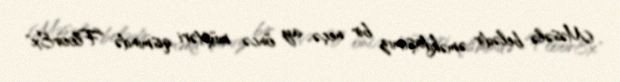
Məsələ belədir: əməkdaşımız bir neçə ay öncə müştəri qismində "FloorEx"